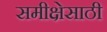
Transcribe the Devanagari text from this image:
समीक्षेसाठी